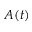
A ( t )